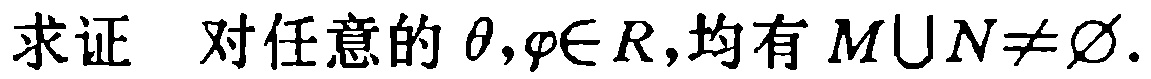
求证  对任意的 \(\theta,\varphi\in R\)，均有 \(M\cup N\neq\varnothing\).